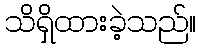
သိရှိထားခဲ့သည်။